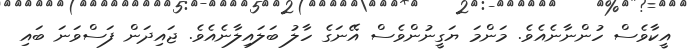
އީކާވެސް ހުންނާނެއެވެ. މަންމަ ޔަގީނުންވެސް އޭނަގެ ހާލު ބަލައިލާނެއެވެ. ޖައިދަން ފަސްވަނަ ބައި